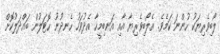
ލޯބިވެރިޔަކު ހުންނަ ކަމެވެ. އެލޯބިވެރިޔާ އާއި އަނބިމީހާ އެދުވަހު ހެނދުނު ހޮޓަލުން ބައްދަލުކޮށް